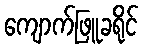
ကျောက်ဖြူခရိုင်